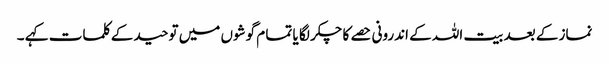
نماز کے بعد بیت اللہ کے اندرونی حصے کا چکر لگا یا تما م گوشوں میں توحید کے کلمات کہے ۔